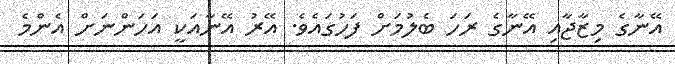
އޭނާގެ މިޒާޖާއި އޭނާގެ ރަހަ ބެލުމަށް ފަހުގައެވެ. އޭރު އޭނާއަކީ އަހަންނަށް އެންމެ